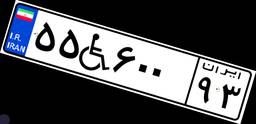
۵۵W۶۰۰۹۳